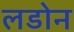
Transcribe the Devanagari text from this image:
लडोन